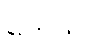
တောင့်